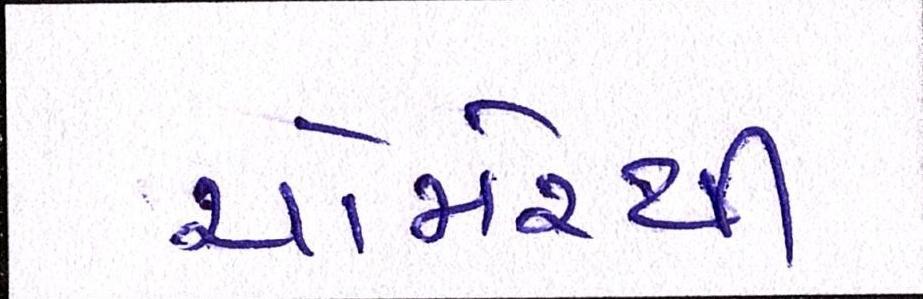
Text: ચોમેરથી